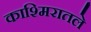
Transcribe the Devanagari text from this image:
काश्मिरातले